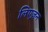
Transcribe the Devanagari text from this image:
लिएज़न